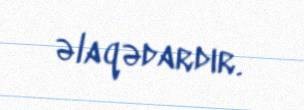
əlaqədardır.